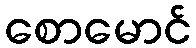
စောမောင်